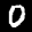
Label: 0